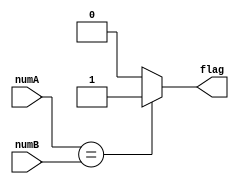
module equal(numA,numB,flag);
parameter DATA_WIDTH =16;
input [DATA_WIDTH-1:0] numA,numB;
output reg flag;
always @(numA or numB)
if(numA == numB)
flag<=1'b1;
else
flag <=1'b0;
endmodule